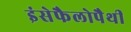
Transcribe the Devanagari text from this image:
इंसेफैलोपैथी